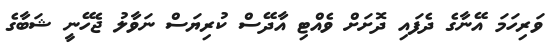
ވަރިހަމަ އޭނާގެ ދެފައި ދޮށަށް ވެއްޓި އާދޭސް ކުރިޔަސް ނަވާލު ޖެހޭނީ ޝަބާގެ